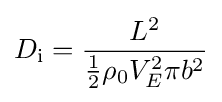
D_{\text{i}}={\frac {L^{2}}{{\frac {1}{2}}\rho _{0}V_{E}^{2}\pi b^{2}}}